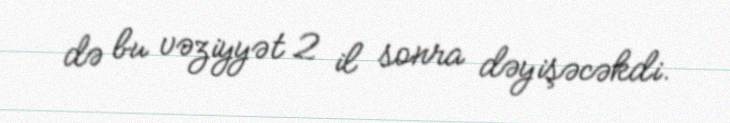
də bu vəziyyət 2 il sonra dəyişəcəkdi.